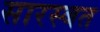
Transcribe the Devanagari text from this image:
सारस्बत